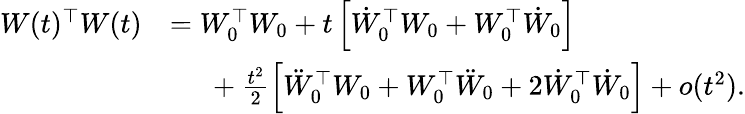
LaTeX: \begin{array}{rl}{W(t)^{\top}W(t)}&{=W_{0}^{\top}W_{0}+t\left[\dot{W}_{0}^{\top}W_{0}+W_{0}^{\top}\dot{W}_{0}\right]}\\ &{\phantom{=\ }+\frac{t^{2}}{2}\left[\ddot{W}_{0}^{\top}W_{0}+W_{0}^{\top}\ddot{W}_{0}+2\dot{W}_{0}^{\top}\dot{W}_{0}\right]+o(t^{2}).}\end{array}